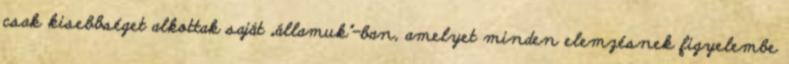
csak kisebbséget alkottak saját „államuk"-ban, amelyet minden elemzésnek figyelembe